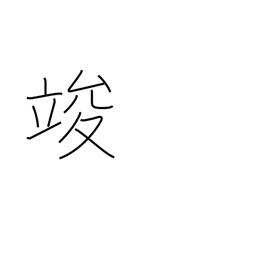
Meaning: end